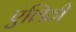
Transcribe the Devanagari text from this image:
एलिटी